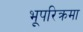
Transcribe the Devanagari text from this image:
भूपरिक्रमा